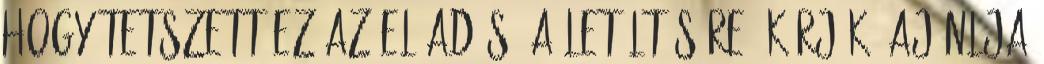
hogy tetszett ez az előadás. A letöltésére, kérjük, ajánlja